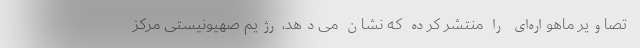
تصاویر ماهواره‌ای را منتشر کرده که نشان می‌دهد، رژیم صهیونیستی مرکز